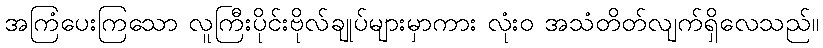
အကြံပေးကြသော လူကြီးပိုင်းဗိုလ်ချုပ်များမှာကား လုံးဝ အသံတိတ်လျက်ရှိလေသည်။